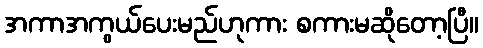
အကာအကွယ်ပေးမည်ဟုကား စကားမဆိုတော့ပြီ။